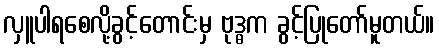
လှူပါရစေလို့ခွင့်တောင်းမှ ဗုဒ္ဓက ခွင့်ပြုတော်မူတယ်။